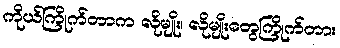
ကိုယ်ကြိုက်တာက လိုမျိုး၊ လိုမျိုးတွေကြိုက်တာ။